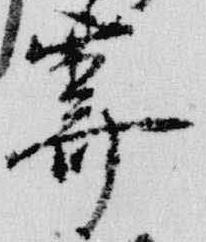
霽